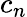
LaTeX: c_{n}